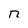
Character: n